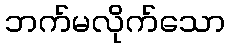
ဘက်မလိုက်သော